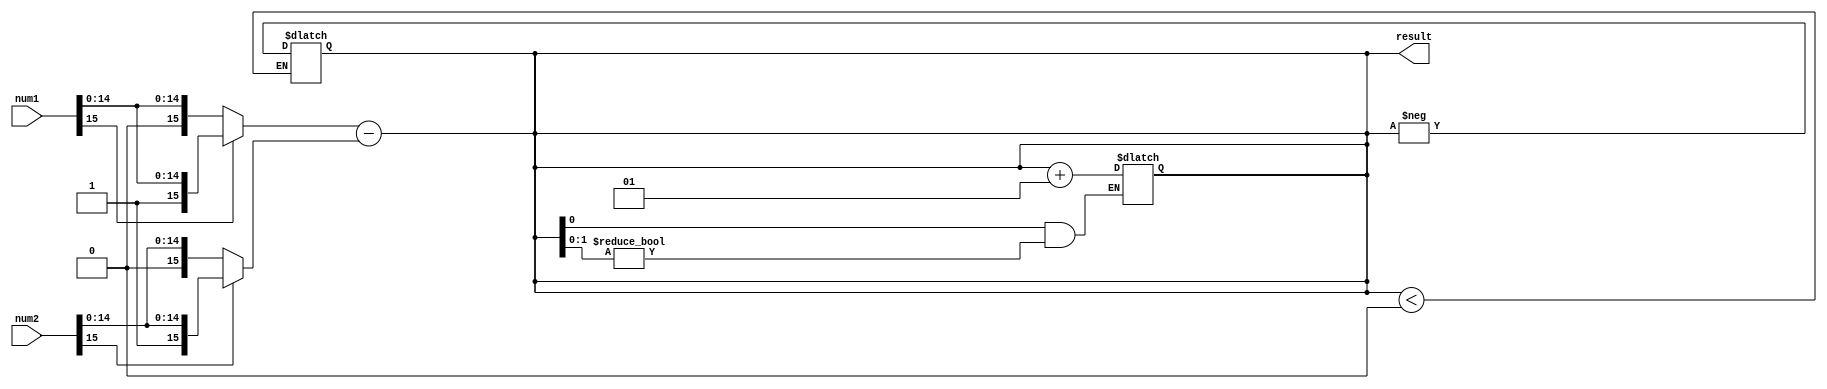
module fixed_point_subtractor (
    input signed [15:0] num1,
    input signed [15:0] num2,
    output reg signed [15:0] result
);

// Sign extension block
reg signed [31:0] extended_num1;
reg signed [31:0] extended_num2;

always @(num1) begin
    if (num1[15] == 1) begin
        extended_num1 = {16'b1111_1111_1111_1111, num1};
    end else begin
        extended_num1 = {16'b0000_0000_0000_0000, num1};
    end
end

always @(num2) begin
    if (num2[15] == 1) begin
        extended_num2 = {16'b1111_1111_1111_1111, num2};
    end else begin
        extended_num2 = {16'b0000_0000_0000_0000, num2};
    end
end

// Perform subtraction
always @(*) begin
    result = extended_num1[31:0] - extended_num2[31:0];
end

// Absolute value block
always @(result) begin
    if (result < 0) begin
        result = -result;
    end
end

// Rounding block
always @(result) begin
    if (result[0] == 1 && result[1:0] != 2'b00) begin
        result = result + 1;
    end
end

endmodule